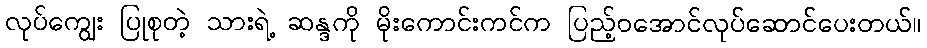
လုပ်ကျွေး ပြုစုတဲ့ သားရဲ့ ဆန္ဒကို မိုးကောင်းကင်က ပြည့်ဝအောင်လုပ်ဆောင်ပေးတယ်။